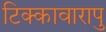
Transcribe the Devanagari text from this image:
टिक्कावारापु